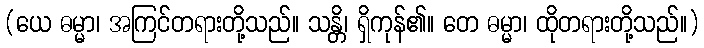
(ယေ ဓမ္မာ၊ အကြင်တရားတို့သည်။ သန္တိ၊ ရှိကုန်၏။ တေ ဓမ္မာ၊ ထိုတရားတို့သည်။)